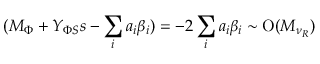
( M _ { \Phi } + Y _ { \Phi S } s - \sum _ { i } a _ { i } \beta _ { i } ) = - 2 \sum _ { i } a _ { i } \beta _ { i } \sim \mathrm { O } ( M _ { \nu _ { R } } )